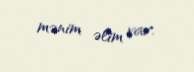
mənim əlim var.